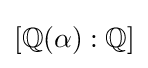
[\mathbb {Q} (\alpha ):\mathbb {Q} ]